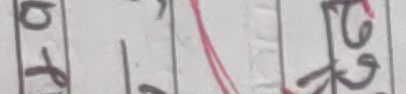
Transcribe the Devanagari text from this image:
०४ ७७